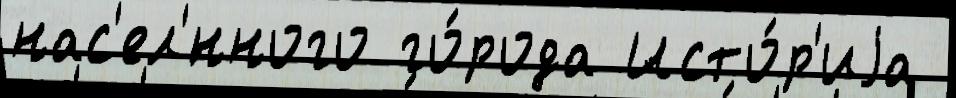
нас'ел'́нного го́рода Исто́р'иjа